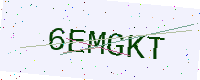
Text: 6EMGKT